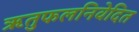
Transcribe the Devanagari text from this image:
ऋतुफलनिवेदित